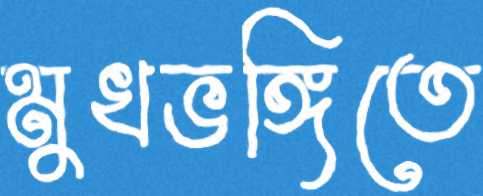
মুখভঙ্গিতে